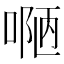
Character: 𠸳